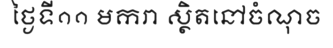
ថ្ងៃទី១១ មករា ស្ថិតនៅចំណុច